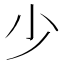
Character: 少